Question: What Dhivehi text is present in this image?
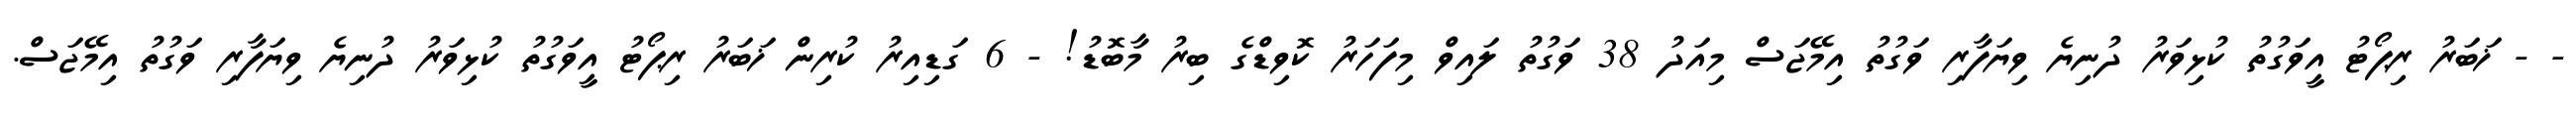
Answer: - - ޚަބަރު ރިޕޯޓު އީވަގުތު ކުޅިވަރު ދުނިޔެ ވިޔަފާރި ވަގުތު އިމޭޖަސް މިއަދު 38 ވަގުތު ލައިވް މިފަހަރު ކޮވިޑްގެ ބިރު މާބޮޑު! - 6 ގަޑިއިރު ކުރިން ޚަބަރު ރިޕޯޓު އީވަގުތު ކުޅިވަރު ދުނިޔެ ވިޔަފާރި ވަގުތު އިމޭޖަސް.